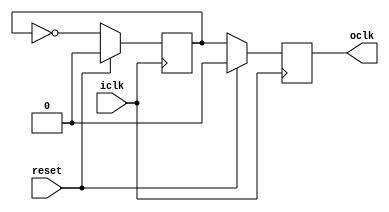
`timescale 1ns/100ps

module cal_div2(
		reset,
		iclk,
		oclk
		);

   input reset;
   input iclk;
   output oclk;
   reg 	  oclk;
   reg 	  poclk;


   // asynchronous reset

   always @(posedge iclk) begin
      if (reset) begin
	 poclk <= 1'b0;
	 oclk <= 1'b0;
      end else begin
	 poclk <= ~poclk;
	 oclk <= poclk;
      end
   end
endmodule // cal_div2